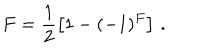
F = \frac { 1 } { 2 } \left[ 1 - ( - 1 ) ^ { F } \right] \, .